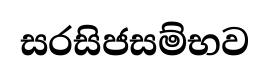
සරසිජසම්භව